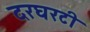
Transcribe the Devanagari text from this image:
दरघरटी